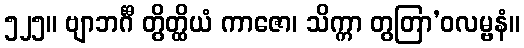
၅၂၅။ ဗျာဘင်္ဂီ တွိတ္ထိယံ ကာဇော၊ သိက္ကာ တွတြာ’ဝလမ္ဗနံ။